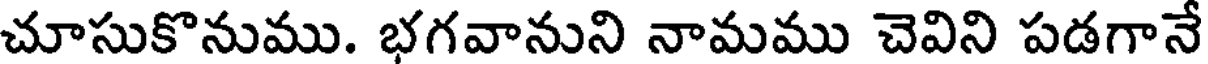
చూసుకొనుము. భగవానుని నామము చెవిని పడగానే